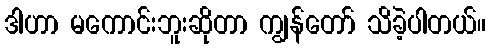
ဒါဟာ မကောင်းဘူးဆိုတာ ကျွန်တော် သိခဲ့ပါတယ်။